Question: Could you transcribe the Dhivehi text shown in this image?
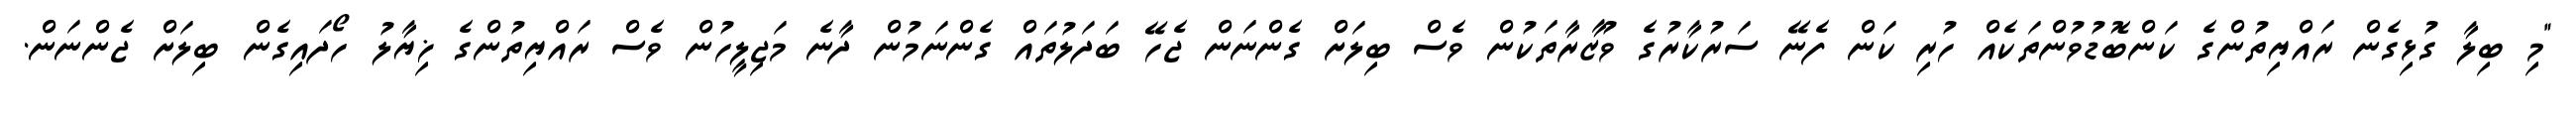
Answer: "މި ބިލާ ގުޅިގެން ރައްޔިތުންގެ ކަންބޮޑުވުންތަކެއް ހުރި ކަން ފެނޭ ސަރުކާރުގެ ވުޒާރާތަކުން ވެސް ބިލަށް ގެންނަން ޖެހޭ ބަދަލުތައް ގެންނަމުން ދާނެ މަޖިލީހުން ވެސް ރައްޔިތުންގެ ޚިޔާލު ހޯދައިގެން ބިލަށް ޖެންނަން.